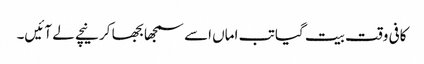
کافی وقت بیت گیا تب اماں اسے سمجھا بجھا کر نیچے لے آئیں۔